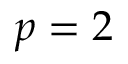
p = 2